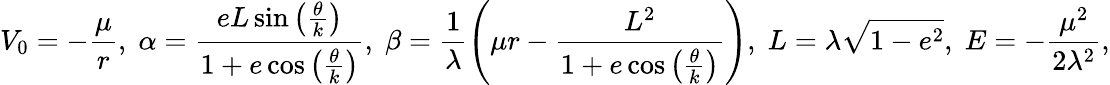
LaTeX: V_{0}=-\frac{\mu}{r},\; \alpha=\frac{eL\sin\left(\frac{\theta}{k}\right)}{1+e\cos\left(\frac{\theta}{k}\right)},\; \beta=\frac{1}{\lambda}\left(\mu r-\frac{L^{2}}{1+e\cos\left(\frac{\theta}{k}\right)}\right),\; L=\lambda\sqrt{1-e^{2}},\; E=-\frac{\mu^{2}}{2\lambda^{2}},